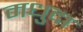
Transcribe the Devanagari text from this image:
मधुदा